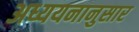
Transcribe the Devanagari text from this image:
अध्ययनानुसार